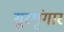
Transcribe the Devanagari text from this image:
सुरशृंगार